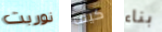
نوربت كيف بناء